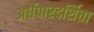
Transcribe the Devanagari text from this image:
अर्धपारदर्शिता